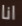
انا